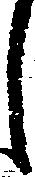
し